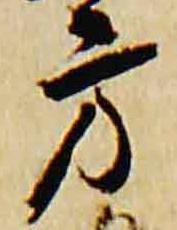
方